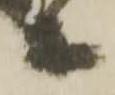
等